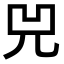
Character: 兕